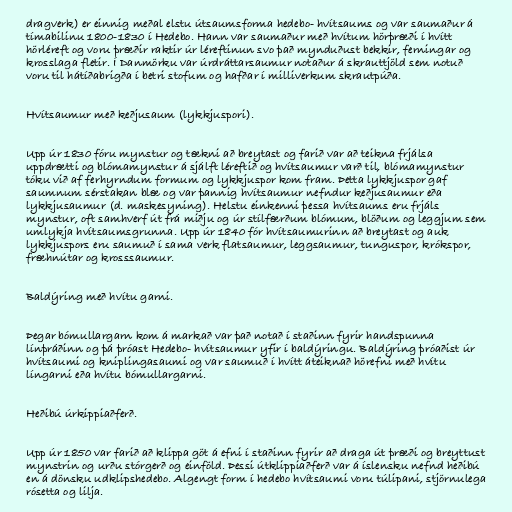
dragverk) er einnig meðal elstu útsaumsforma hedebo- hvítsaums og var saumaður á
tímabilinu 1800-1830 í Hedebo. Hann var saumaður með hvítum hörþræði í hvítt
hörléreft og voru þræðir raktir úr léreftinun svo það mynduðust bekkir, ferningar og
krosslaga fletir. Í Danmörku var úrdráttarsaumur notaður á skrauttjöld sem notuð
voru til hátíðabrigða í betri stofum og hafðar í milliverkum skrautpúða.

Hvítsaumur með keðjusaum (lykkjuspori).

Upp úr 1830 fóru mynstur og tækni að breytast og farið var að teikna frjálsa
uppdrætti og blómamynstur á sjálft léreftið og hvítsaumur varð til, blómamynstur
tóku við af ferhyrndum formum og lykkjuspor kom fram. Þetta lykkjuspor gaf
saumnum sérstakan blæ og var þannig hvítsaumur nefndur keðjusaumur eða
lykkjusaumur (d. maskesyning). Helstu einkenni þessa hvítsaums eru frjáls
mynstur, oft samhverf út frá miðju og úr stílfærðum blómum, blöðum og leggjum sem
umlykja hvítsaumsgrunna. Upp úr 1840 fór hvítsaumurinn að breytast og auk
lykkjuspors eru saumuð í sama verk flatsaumur, leggsaumur, tunguspor, krókspor,
fræhnútar og krosssaumur.

Baldýring með hvítu garni.

Þegar bómullargarn kom á markað var það notað í staðinn fyrir handspunna
línþráðinn og þá þróast Hedebo- hvítsaumur yfir í baldýringu. Baldýring þróaðist úr
hvítsaumi og kniplingasaumi og var saumuð í hvítt áteiknað hörefni með hvítu
língarni eða hvítu bómullargarni.

Heðibú úrkippiaðferð.

Upp úr 1850 var farið að klippa göt á efni í staðinn fyrir að draga út þræði og breyttust
mynstrin og urðu stórgerð og einföld. Þessi útklippiaðferð var á íslensku nefnd heðibú
en á dönsku udklipshedebo. Algengt form í hedebo hvítsaumi voru túlipani, stjörnulega
rósetta og lilja.